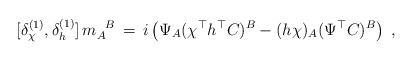
\begin{align*}[\delta_{\chi}^{(1)},\delta_{h}^{(1)}]\,m_A^{\phantom{A}B}\,=\,i\left(\Psi_A(\chi^{\top}h^{\top}C)^B -(h\chi)_A(\Psi^{\top}C)^B\right)\;,\end{align*}